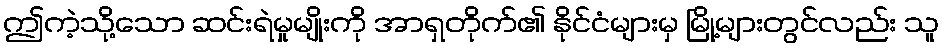
ဤကဲ့သို့သော ဆင်းရဲမှုမျိုးကို အာရှတိုက်၏ နိုင်ငံများမှ မြို့များတွင်လည်း သူ